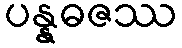
ပန္နဓဇဿ